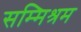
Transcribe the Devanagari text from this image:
सम्मिश्रम